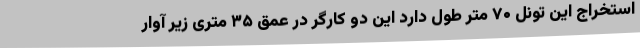
استخراج این تونل ۷۰ متر طول دارد این دو کارگر در عمق ۳۵ متری زیر آوار